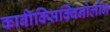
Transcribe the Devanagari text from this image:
कार्बॉक्सिक्विनोलोन